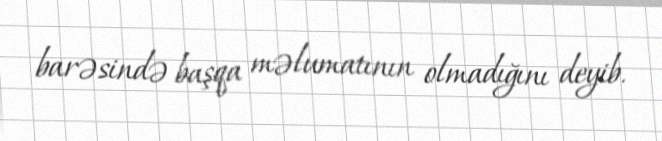
barəsində başqa məlumatının olmadığını deyib.